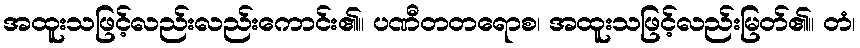
အထူးသဖြင့်လည်းလည်းကောင်း၏။ ပဏီတတရောစ၊ အထူးသဖြင့်လည်းမြတ်၏။ တံ၊